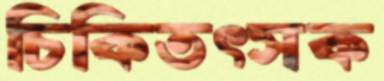
চিকিতৎসক